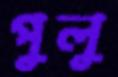
পুলু